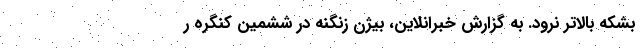
بشکه بالاتر نرود. به گزارش خبرانلاین، بیژن زنگنه در ششمین کنگره ر